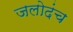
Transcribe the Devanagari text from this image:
जलोदंच